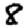
Digit: 8